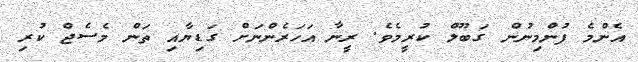
އެންމެ ފުންމިނުން ގަބޫލް ކުރީމެވެ. ރީނާ އަހަރެންނަށް ގަޑިޔާއި ތަން މެސެޖް ކުރި